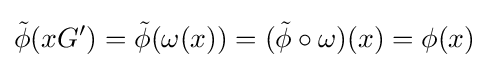
{\tilde {\phi }}(xG')={\tilde {\phi }}(\omega (x))=({\tilde {\phi }}\circ \omega )(x)=\phi (x)